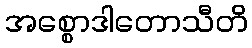
အစ္စောဒါတောသီတိ